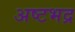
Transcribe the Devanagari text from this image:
अष्टभद्र